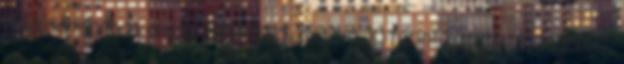
Hajdúsámsonban anyagi juttatással, 1500 és 10 forint közötti összegekért,